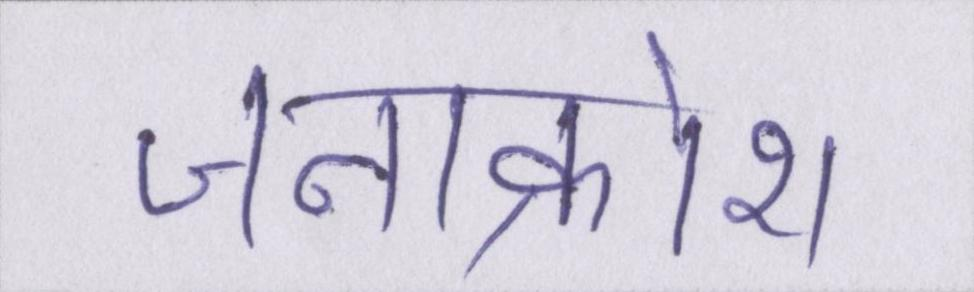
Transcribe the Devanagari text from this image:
जनाक्रोश